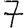
Digit: 7